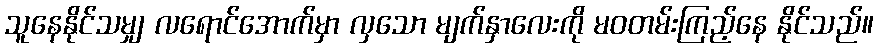
သူနေနိုင်သမျှ လရောင်အောက်မှာ လှသော မျက်နှာလေးကို မဝတမ်းကြည့်နေ နိုင်သည်။